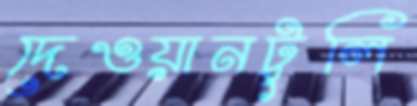
দেওয়ানটুলি